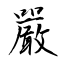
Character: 嚴